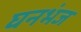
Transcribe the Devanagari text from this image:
घनभंज